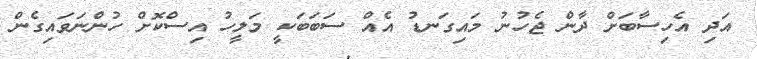
އަދި އެހިސާބަށް ދާން ޖެހުނު މައިގަނޑު އެއް ސަބަބަކީ މަލީހު އިސްކޮށް ހުންނަވައިގެން